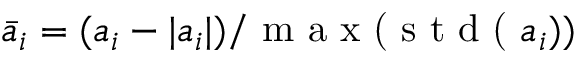
\bar { a } _ { i } = ( a _ { i } - | a _ { i } | ) / \textrm { m a x ( s t d ( } a _ { i } ) )